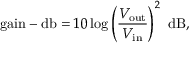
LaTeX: { \mathrm { g a i n - d b } } = 1 0 \log \left( { \frac { V _ { \mathrm { o u t } } } { V _ { \mathrm { i n } } } } \right) ^ { 2 } ~ { \mathrm { d B } } ,